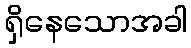
ရှိနေသောအခါ